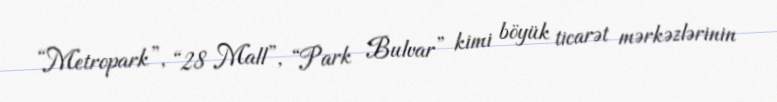
“Metropark”, “28 Mall”, “Park Bulvar” kimi böyük ticarət mərkəzlərinin